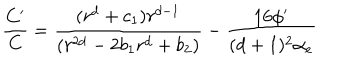
{ \frac { C ^ { \prime } } { C } } = { \frac { ( r ^ { d } + c _ { 1 } ) r ^ { d - 1 } } { ( r ^ { 2 d } - 2 b _ { 1 } r ^ { d } + b _ { 2 } ) } } - { \frac { 1 6 \phi ^ { \prime } } { ( d + 1 ) ^ { 2 } \alpha _ { e } } }